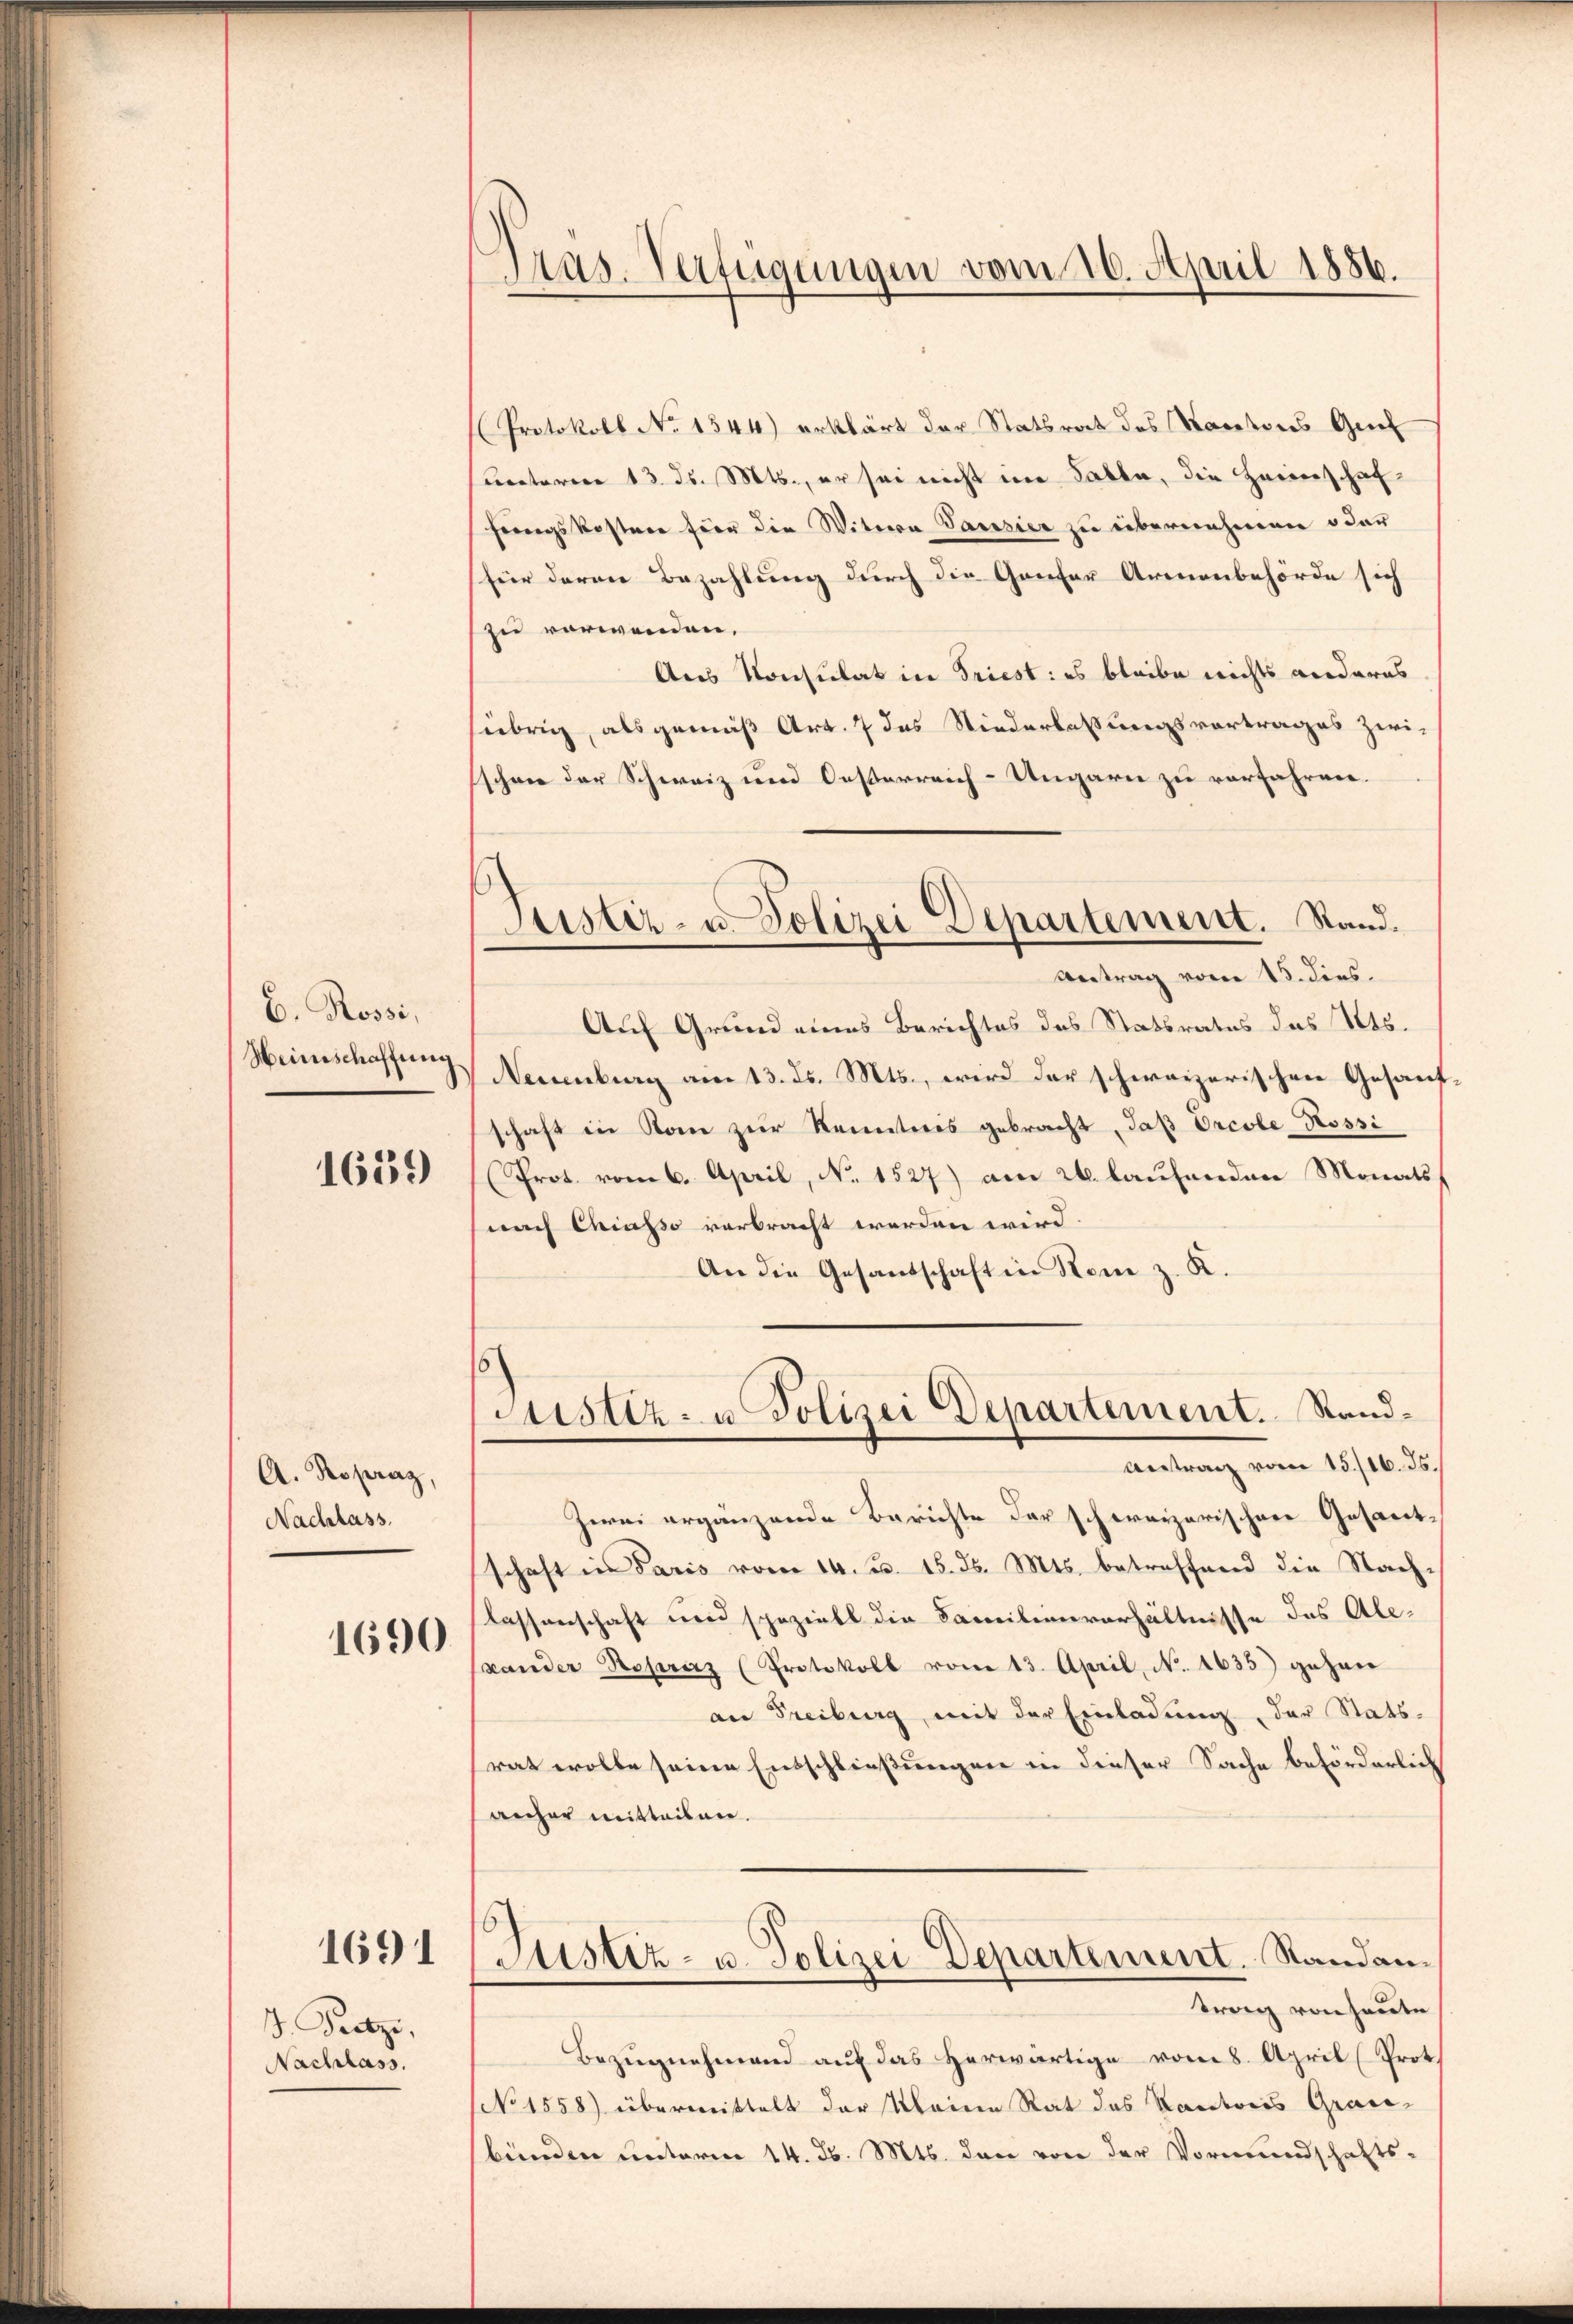
E. Rossi,
Heinschaffung

1659

A. Kopraz,
Nachlass.

1690

1691

J. Pretze,
Nachlass.

Pras. Verfügungen vom 10. April 1886.

Justiz- u. Polizei Departement. Stand.
Antrag vom 15. dies

Protokoll No 1544) erklärt der Statsrat des Kantons Gel
Lectoren 13. ds. Mts., er sei nicht im Satta, die Heimschaffungskostrer für die Witwe Parisier zu übernehmenen oder
für deren Bezahlung durch die Gantar Armenbehörde sich
zu verwenden.
Aus Konsulat in Triest: es bleibe nichts anderes
übrig, als gemäß Art. 7 des Niederlassungsvortrages zwi-
schon der Schweiz und Oesterreich-Ungarn zu verfahren.
Auf Grund eines Berichtes des Statsrates des Kts.
Neuenburg am 13. ds. Mts., wird der schweizerischen Gesanf
schaft in Kan zur Kennteres gebracht, daß Orcole Rossi
Prot. vom 6. April, No. 1527) am 24. laufenden Monats
nach Chiasso verbracht werden wird.
An die Gesandschaft in Rom z. K.
Justiz- u. Polizei Departement. Stand¬
Antrag vom 15./16. ds.
Zwei ergänzende Berichte der schweizerischen Gesandschaft in Paris vom 14. d. 15. ds. Mts. betreffend die Nachlassenschaft und speziell die Familienverhältnisse des Alexander Reprez (Protokoll vom 13. April, N. 1635) gehen
an Freiburg mit der Einladung der Stats-
rat wolle seine Entschließungen in dieser Sache beförderlich
ancher mitteilen.
Justiz- u. Polizei Departement. Sandantrag von heute
Bezugnehmend auf das herwärtige vom 8. April (Prot
(No 1558) übermittelt der Meine Rat des Kantons Graubünden unterm 14. d. Mts. den von der Vormundschafts-